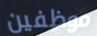
موظفين